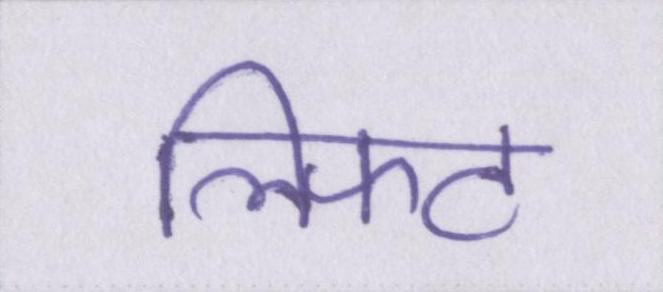
लिफ्ट